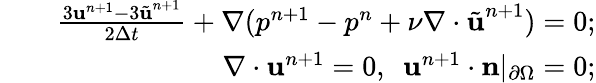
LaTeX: \begin{array}{rlr}&{}&{\frac{3\textbf{u}^{n+1}-3\tilde{\textbf{u}}^{n+1}}{2\Delta t}+\nabla(p^{n+1}-p^{n}+\nu\nabla\cdot\tilde{\textbf{u}}^{n+1})=0;}\\ &{}&{\nabla\cdot\textbf{u}^{n+1}=0,\ \ \textbf{u}^{n+1}\cdot\textbf{n}|_{\partial\Omega}=0;}\end{array}